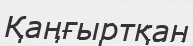
Қаңғыртқан